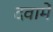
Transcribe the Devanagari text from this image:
दवामें